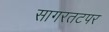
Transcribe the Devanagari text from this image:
सागरतटपर